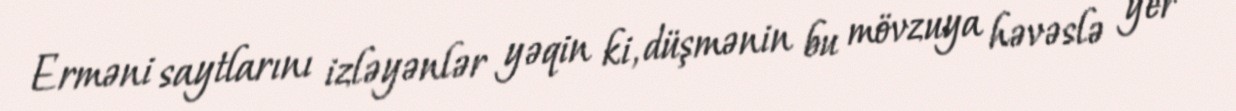
Erməni saytlarını izləyənlər yəqin ki, düşmənin bu mövzuya həvəslə yer